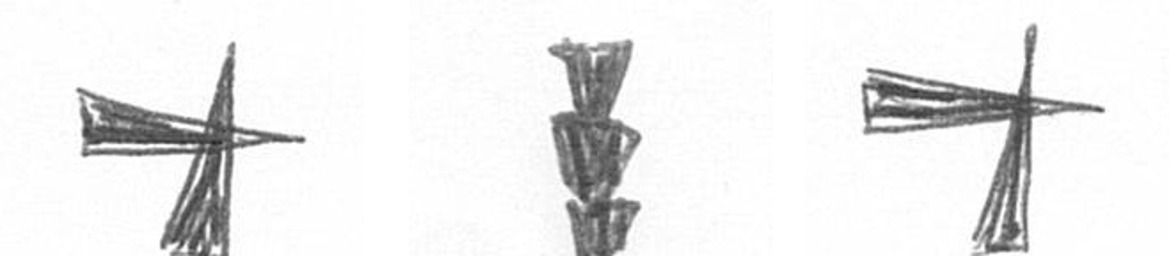
G E G